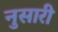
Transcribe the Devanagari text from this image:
नुसारी